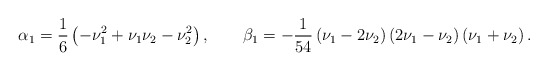
\begin{align*}\begin{aligned}\alpha_1=\frac{1}{6}\left(-\nu _1^2+\nu_1\nu _2-\nu _2^2\right),\qquad\beta _1= -\frac{1}{54}\left(\nu _1-2 \nu _2\right)\left(2 \nu _1-\nu _2\right)\left(\nu _1+\nu _2\right).\end{aligned}\end{align*}